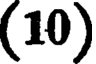
(10)